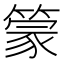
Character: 𰪓